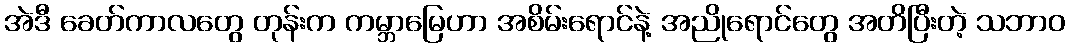
အဲဒီ ခေတ်ကာလတွေ တုန်းက ကမ္ဘာမြေဟာ အစိမ်းရောင်နဲ့ အညိုရောင်တွေ အတိပြီးတဲ့ သဘာဝ